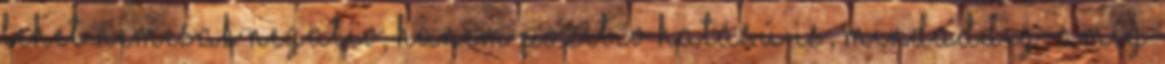
lehet nemcsak negatív, hanem pozitív hatású is, mindaddig, amíg